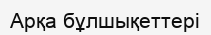
Арқа бұлшықеттері